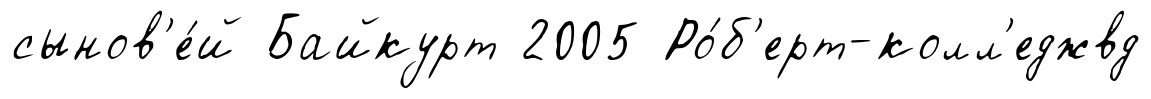
сынов'е́й Байкурт 2005 Ро́б'ерт-колл'еджвд